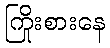
ကြိုးစားနေ